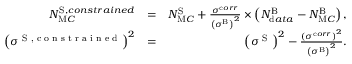
\begin{array} { r l r } { N _ { \textrm M C } ^ { \textrm S , c o n s t r a i n e d } } & { = } & { N _ { \textrm M C } ^ { \textrm S } + \frac { { \sigma } ^ { \textrm c o r r } } { \left( { \sigma } ^ { \textrm B } \right) ^ { 2 } } \times \left( N _ { \textrm d a t a } ^ { \textrm B } - N _ { \textrm M C } ^ { \textrm B } \right) , } \\ { \left( { \sigma } ^ { \textrm { S , c o n s t r a i n e d } } \right) ^ { 2 } } & { = } & { \left( { \sigma } ^ { \textrm { S } } \right) ^ { 2 } - \frac { \left( { \sigma } ^ { \textrm c o r r } \right) ^ { 2 } } { \left( { \sigma } ^ { \textrm B } \right) ^ { 2 } } . } \end{array}